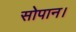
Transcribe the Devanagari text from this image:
सोपान।